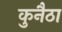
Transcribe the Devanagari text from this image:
कुनैठा